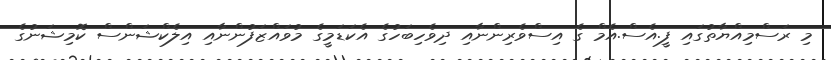
މި ރަސްމިއްޔާތުގައި ފީ.އެސް.އެމް ގެ އިސްވެރިންނާއި ދިވެހިބަހުގެ އެކަޑަމީގެ މުވައްޒަފުންނާއި އިލެކްޝަންސް ކޮމިޝަނުގެ